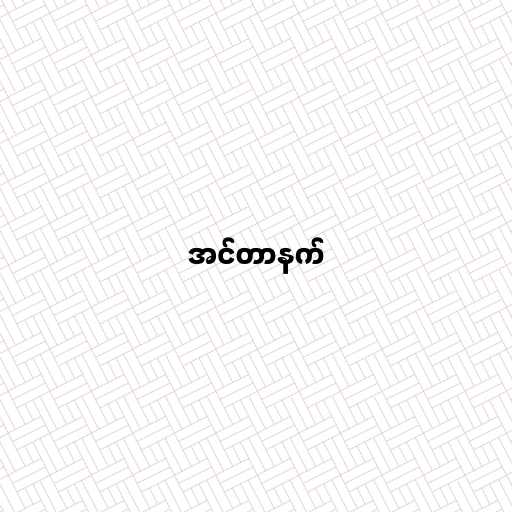
အင်တာနက်